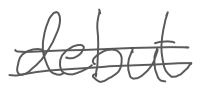
Text: debut
Cross-out: double-line
Writing tool: digital_gray